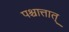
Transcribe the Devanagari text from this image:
पश्चात्तात्‌